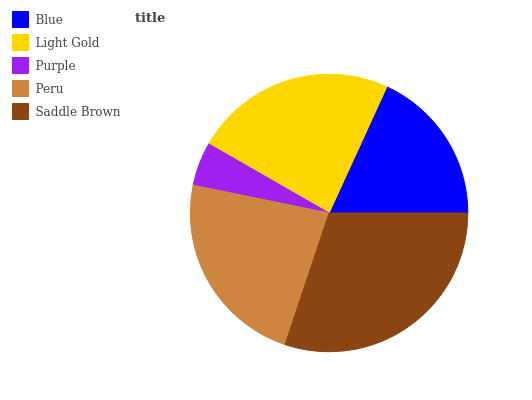
| Blue | Light Gold | Purple | Peru | Saddle Brown |
 | --- | --- | --- | --- | --- |
 | 18.2% | 23.6% | 5.1% | 23.1% | 30.1% |